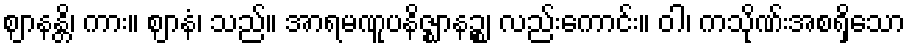
ဈာနန္တိ၊ ကား။ ဈာနံ၊ သည်။ အာရမဏူပနိဇ္ဈာနဉ္စ၊ လည်းကောင်း။ ဝါ၊ ကသိုဏ်းအစရှိသော